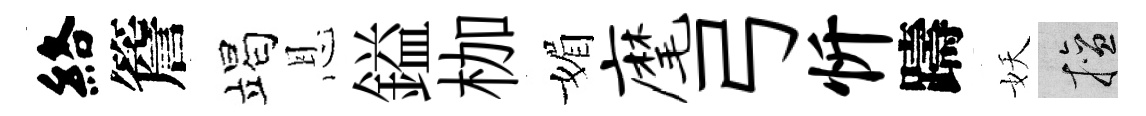
絡簷竭恩鎰枷媚麾弓忻躊妖擅